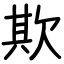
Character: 欺